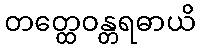
တတ္ထေဝန္တရဓာယိ